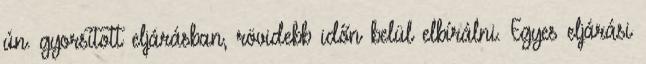
ún. gyorsított eljárásban, rövidebb időn belül elbírálni. Egyes eljárási